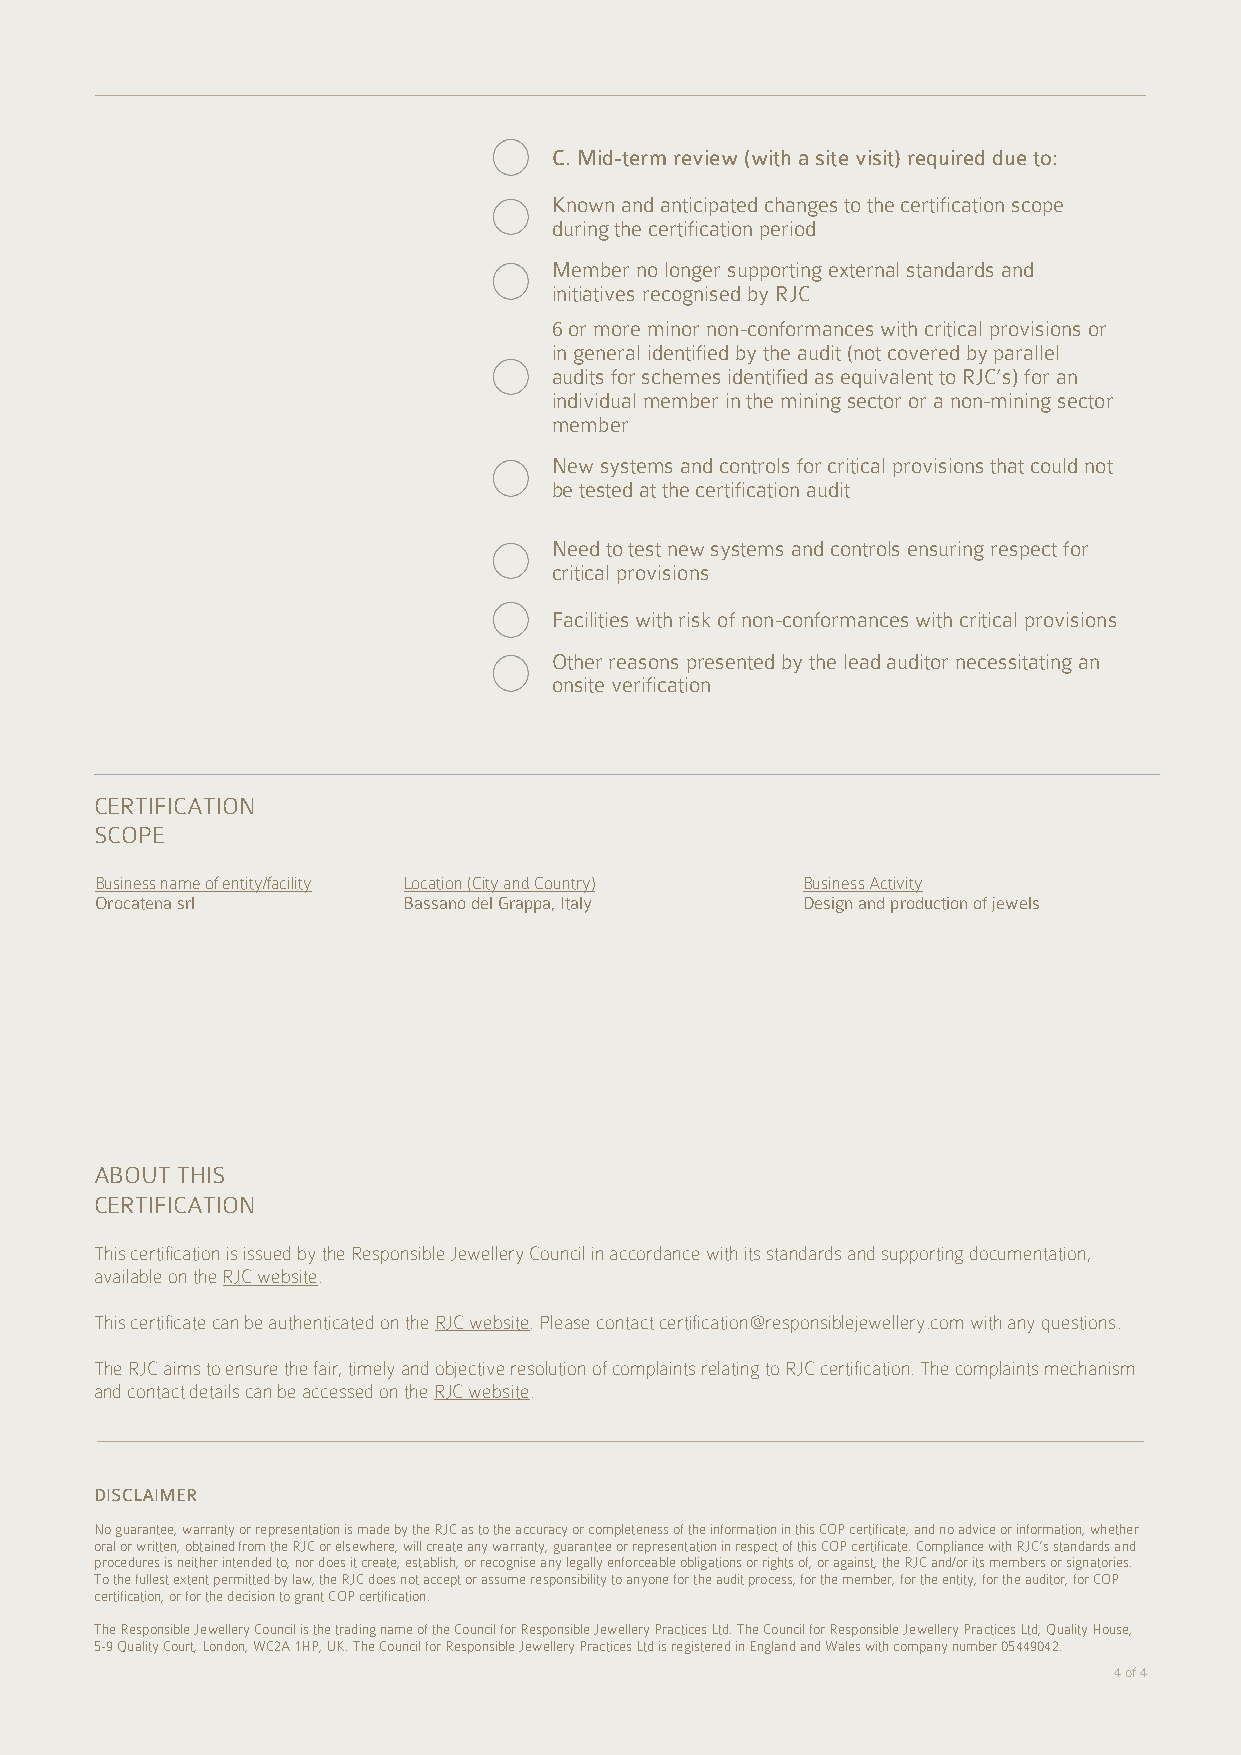
C. Mid-term review (with a site visit) required due to:
 Known and anticipated changes to the certification scope
 during the certification period
 Member no longer supporting external standards and
 initiatives recognised by RJC
 6 or more minor non-conformances with critical provisions or
 in general identified by the audit (not covered by parallel
 audits for schemes identified as equivalent to RJC’s) for an
 individual member in the mining sector or a non-mining sector
 member
 New systems and controls for critical provisions that could not
 be tested at the certification audit
 Need to test new systems and controls ensuring respect for
 critical provisions
 Facilities with risk of non-conformances with critical provisions
 Other reasons presented by the lead auditor necessitating an
 onsite verification
 CERTIFICATION
 SCOPE
 Business name of entity/facility Location (City and Country) Business Activity
 Orocatena srl        Bassano del Grappa, Italy Design and production of jewels
 ABOUT THIS
 CERTIFICATION
 This certification is issued by the Responsible Jewellery Council in accordance with its standards and supporting documentation,
 available on the RJC website.
 This certificate can be authenticated on the RJC website. Please contact certification@responsiblejewellery.com with any questions.
 The RJC aims to ensure the fair, timely and objective resolution of complaints relating to RJC certification. The complaints mechanism
 and contact details can be accessed on the RJC website.
 DISCLAIMER
 No guarantee, warranty or representation is made by the RJC as to the accuracy or completeness of the information in this COP certificate, and no advice or information, whether
 oral or written, obtained from the RJC or elsewhere, will create any warranty, guarantee or representation in respect of this COP certificate. Compliance with RJC’s standards and
 procedures is neither intended to, nor does it create, establish, or recognise any legally enforceable obligations or rights of, or against, the RJC and/or its members or signatories.
 To the fullest extent permitted by law, the RJC does not accept or assume responsibility to anyone for the audit process, for the member, for the entity, for the auditor, for COP
 certification, or for the decision to grant COP certification.
 The Responsible Jewellery Council is the trading name of the Council for Responsible Jewellery Practices Ltd. The Council for Responsible Jewellery Practices Ltd, Quality House,
 5-9 Quality Court, London, WC2A 1HP, UK. The Council for Responsible Jewellery Practices Ltd is registered in England and Wales with company number 05449042.
 4 of 4